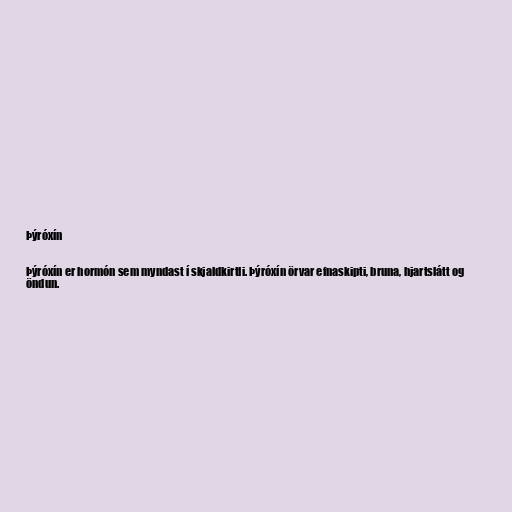
Þýróxín

Þýróxín er hormón sem myndast í skjaldkirtli. Þýróxín örvar efnaskipti, bruna, hjartslátt og
öndun.